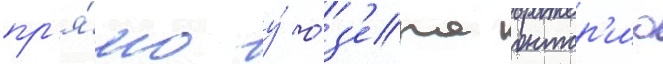
пр'я́мо у́ о́з'ера онтар'ио